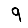
Digit: 9